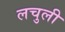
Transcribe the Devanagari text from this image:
लचुली